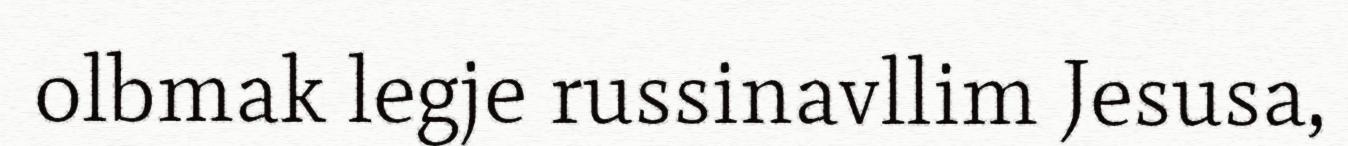
olbmak legje russinavllim Jesusa,